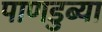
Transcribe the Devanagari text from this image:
पाणडुब्या